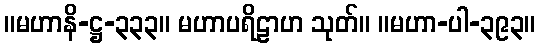
။မဟာနိ-ဋ္ဌ-၃၃၃။ မဟာပရိဠာဟ သုတ်။ ။မဟာ-ပါ-၃၉၃။